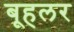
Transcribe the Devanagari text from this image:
बूहलर